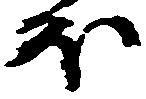
ほ